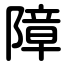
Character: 障